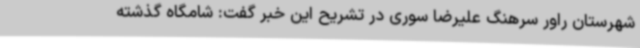
شهرستان راور سرهنگ علیرضا سوری در تشریح این خبر گفت: شامگاه گذشته